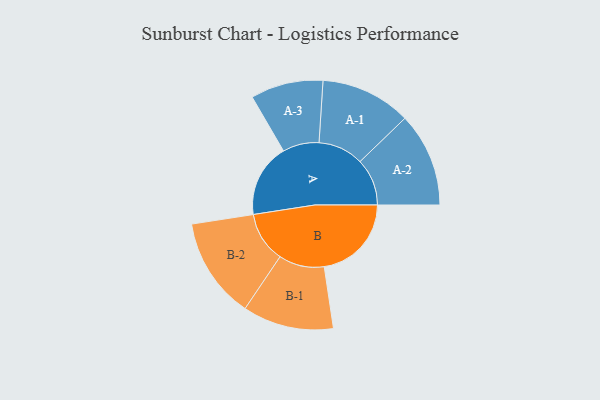
{"axis": {"x": "Segment", "y": "Value"}, "legend": ["", "A", "B"], "data": [{"x": "A", "y": 382, "type": ""}, {"x": "B", "y": 454, "type": ""}, {"x": "A-1", "y": 236, "type": "A"}, {"x": "A-2", "y": 245, "type": "A"}, {"x": "A-3", "y": 189, "type": "A"}, {"x": "B-1", "y": 237, "type": "B"}, {"x": "B-2", "y": 263, "type": "B"}]}